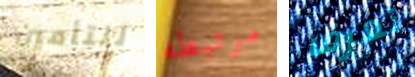
للتأمين مرتبطه تعرف